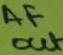
Text: AF out